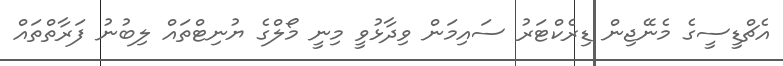
އެޗްޑީސީގެ މެނޭޖިން ޑިރެކްޓަރު ސައިމަން ވިދާޅުވީ މިނީ މޯލްގެ ޔުނިޓްތައް ލިބުނު ފަރާތްތައް